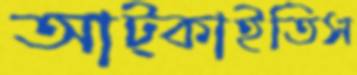
আট্‌কাইতিস